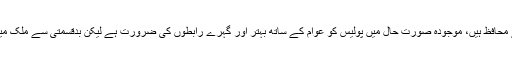
ملک اور قوم جانوں کا نذرانہ دینے والوں کا قرض کبھی نہیں اتارسکتے، پولیس اہلکار قوم کے محافظ ہیں، موجودہ صورت حال میں پولیس کو عوام کے ساتھ بہتر اور گہرے رابطوں کی ضرورت ہے لیکن بدقسمتی سے ملک میں حلال اور حرام کا فرق مٹ گیا ہے،امید ہے تربیت یافتہ افسران روایتی افسران نہیں بنیں گے۔